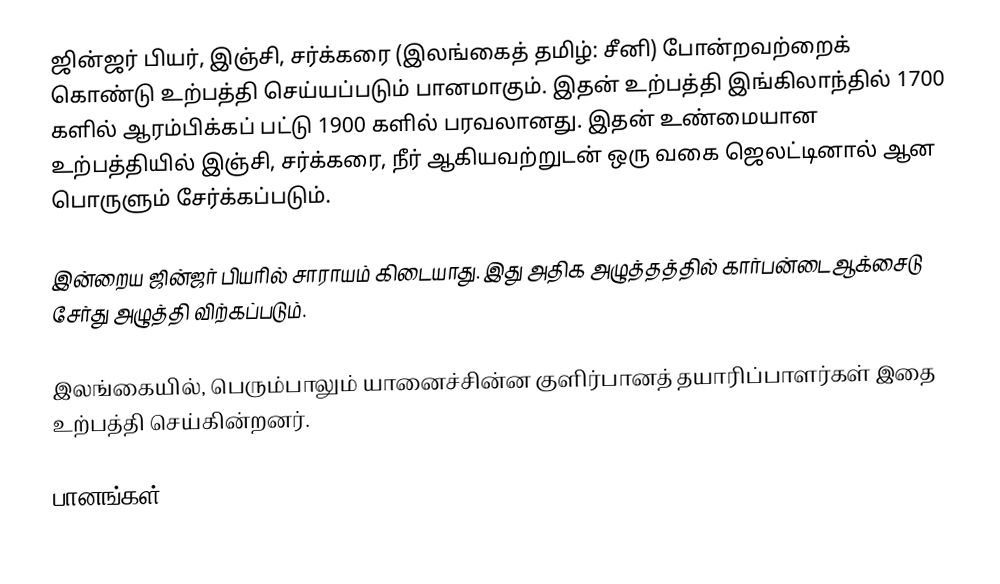
ஜின்ஜர் பியர், இஞ்சி, சர்க்கரை (இலங்கைத் தமிழ்: சீனி) போன்றவற்றைக் கொண்டு உற்பத்தி செய்யப்படும் பானமாகும். இதன் உற்பத்தி இங்கிலாந்தில் 1700 களில் ஆரம்பிக்கப் பட்டு 1900 களில் பரவலானது. இதன் உண்மையான உற்பத்தியில் இஞ்சி, சர்க்கரை, நீர் ஆகியவற்றுடன் ஒரு வகை ஜெலட்டினால் ஆன பொருளும் சேர்க்கப்படும்.

இன்றைய ஜின்ஜர் பியரில் சாராயம் கிடையாது. இது அதிக அழுத்தத்தில் கார்பன்டைஆக்சைடு சேர்து அழுத்தி விற்கப்படும்.

இலங்கையில், பெரும்பாலும் யானைச்சின்ன குளிர்பானத் தயாரிப்பாளர்கள் இதை உற்பத்தி செய்கின்றனர்.

பானங்கள்